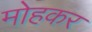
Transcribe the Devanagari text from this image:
मोहकर